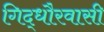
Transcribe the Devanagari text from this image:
गिद्धौरवासी